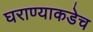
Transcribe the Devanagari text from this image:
घराण्याकडेच